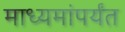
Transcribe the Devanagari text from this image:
माध्यमांपर्यंत